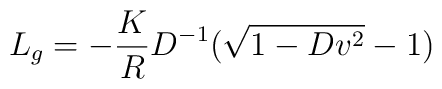
L_g = - {K\over R} D^{-1} (\sqrt{1 - D v^2} - 1)